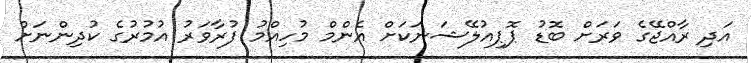
އަދި ރާއްޖޭގެ ވަރަށް ބޮޑު ޕޮޕިއުލޭޝަނަކަށް އެންމް މުހިއްމު ފުރާވަރު އުމުރުގެ ކުދިންނަށް